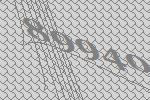
89940